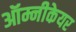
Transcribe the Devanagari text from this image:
ऑम्नीकेयर